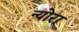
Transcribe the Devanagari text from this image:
न्योरा